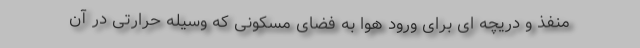
منفذ و دریچه ای برای ورود هوا به فضای مسکونی که وسیله حرارتی در آن